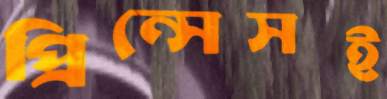
প্রিন্সেসই